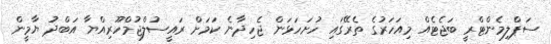
ސަޕްލިމެންޓްރީ ބަޖެޓެއް މިއަހަރުގެ ތެރޭގައި ހުށަހަޅަން ޖެހިދާނެ ކަމަށް ރައީސުލްޖުމްހޫރިއްޔާ އަބްދު ޔާމީން